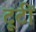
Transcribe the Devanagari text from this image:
टूटीं